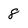
Character: 8